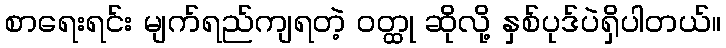
စာရေးရင်း မျက်ရည်ကျရတဲ့ ဝတ္ထု ဆိုလို့ နှစ်ပုဒ်ပဲရှိပါတယ်။